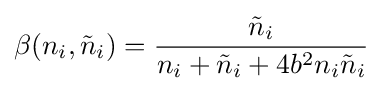
\beta (n_{i},{\tilde {n}}_{i})={\frac {{\tilde {n}}_{i}}{n_{i}+{\tilde {n}}_{i}+4b^{2}n_{i}{\tilde {n}}_{i}}}